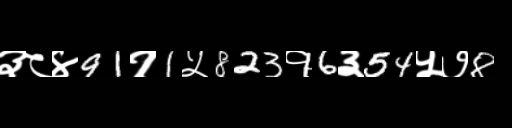
Text: ३८४91१1५823१6३54५७8